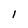
Character: I